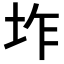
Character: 𭎌